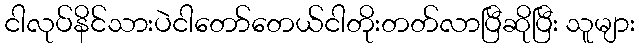
ငါလုပ်နိင်သားပဲငါတော်တေယ်ငါတိုးတတ်လာပြီဆိုပြီး သူများ